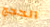
الحجج